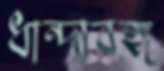
ধান্দাবঙ্গ